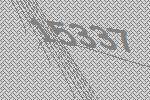
15337